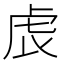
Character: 𧆝